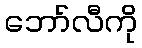
ဘော်လီကို